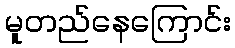
မူတည်နေကြောင်း